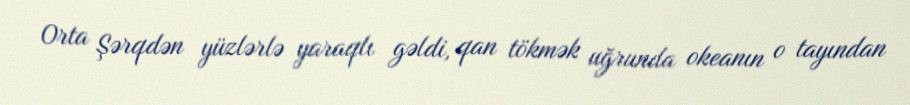
Orta Şərqdən yüzlərlə yaraqlı gəldi, qan tökmək uğrunda okeanın o tayından